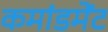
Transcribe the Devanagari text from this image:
कमांडमेंट